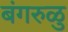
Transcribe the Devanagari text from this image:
बंगरुळु